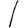
Digit: 1